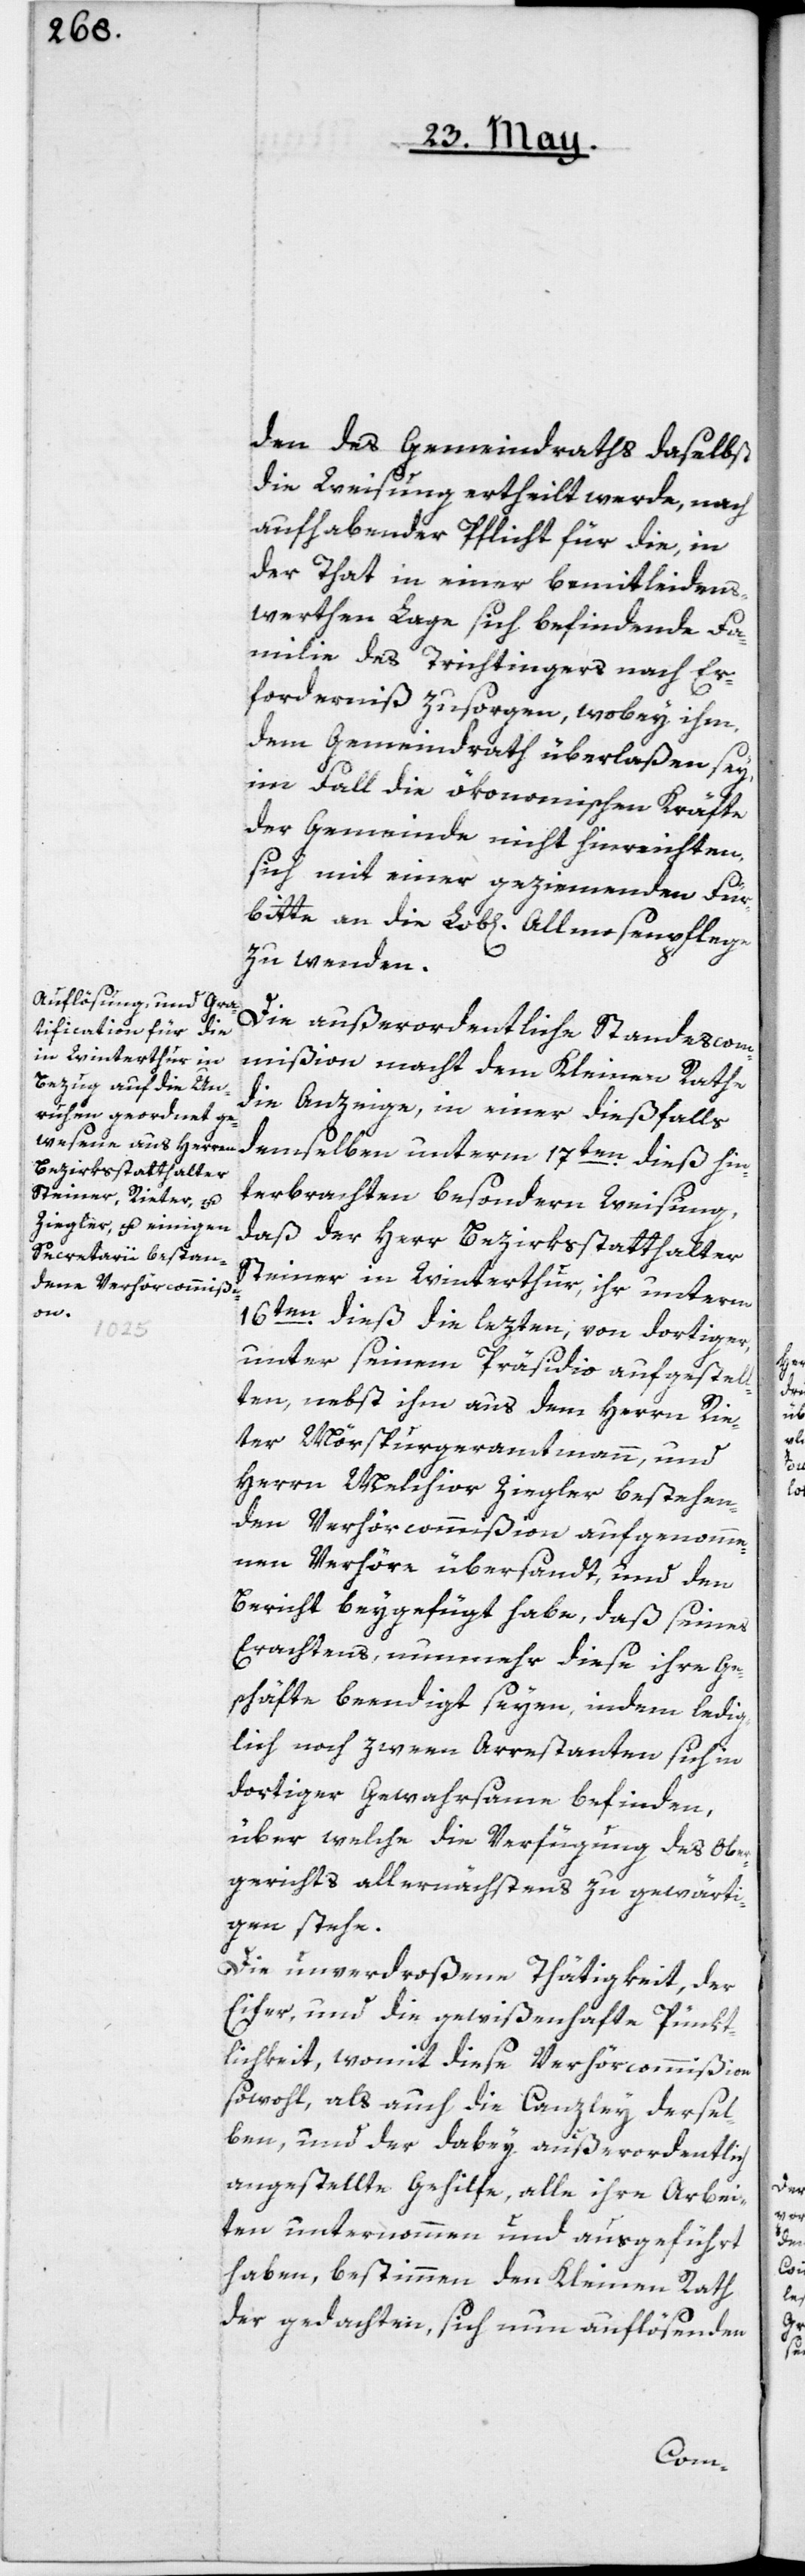
den des Gemeindraths daselbst
die Weisung ertheilt werde, nach
aufhabender Pflicht für die in
der That in einer bemitleidens¬
werthen Lage sich befindende Fa¬
milie des Trichtingers nach Er¬
forderniß zu sorgen, wobey ihm,
dem Gemeindrath überlaßen sey,
im Fall die ökonomischen Kräfte
der Gemeinde nicht hinreichten,
sich mit einer geziemenden Für¬
bitte an die Lob[liche] Almosenpflege
zu wenden.
Die außerordentliche Standescom¬
mißion macht dem Kleinen Rathe
die Anzeige, in einer dießfalls
demselben unterm 17ten dieß hin¬
terbrachten besondern Weisung,
daß der Herr Bezirksstatthalter
Steiner in Winterthur, ihr unterm
16ten dieß die lezten, von dortiger,
unter seinem Präsidio aufgestel¬
lten, nebst ihm aus dem Herrn Rie¬
ter, Mörspurgeramtmann, und
Herrn Melchior Ziegler bestehen¬
den Verhörcommißion aufgenomme¬
nen Verhöre übersandt, und den
Bericht beygefügt habe, daß seines
Erachtens, nunmehr diese ihre Ge¬
schäfte beendiget seyen, indem ledig¬
lich noch zween Arrestanten sich in
dortiger Gewahrsame befinden,
über welche die Verfügung des Ober¬
gerichts allernächstens zu gewärti¬
gen stehe.
Die unverdroßene Thätigkeit, der
Eifer, und die gewißenhafte Pünkt¬
lichkeit, womit diese Verhörcommißion
sowohl, als auch die Canzley dersel¬
ben, und der dabey außerordentlich
angestellte Gehilfe, alle ihre Arbei¬
ten unternommen und ausgeführt
haben, bestimmen den Kleinen Rath
der gedachten, sich nun auflösenden